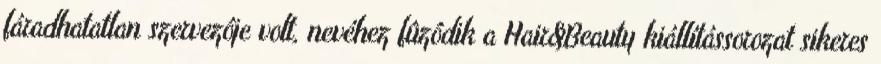
fáradhatatlan szervezôje volt, nevéhez fûzôdik a Hair&Beauty kiállítássorozat sikeres